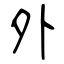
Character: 外